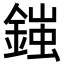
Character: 𨩪